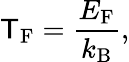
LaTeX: \mathsf{T}_{\mathrm{{F}}}={\frac{{E_{\mathrm{{F}}}}}{{k_{\mathrm{{B}}}}}},